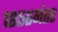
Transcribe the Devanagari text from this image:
१८५६नंतर